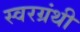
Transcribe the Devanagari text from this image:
स्वरग्रंथी